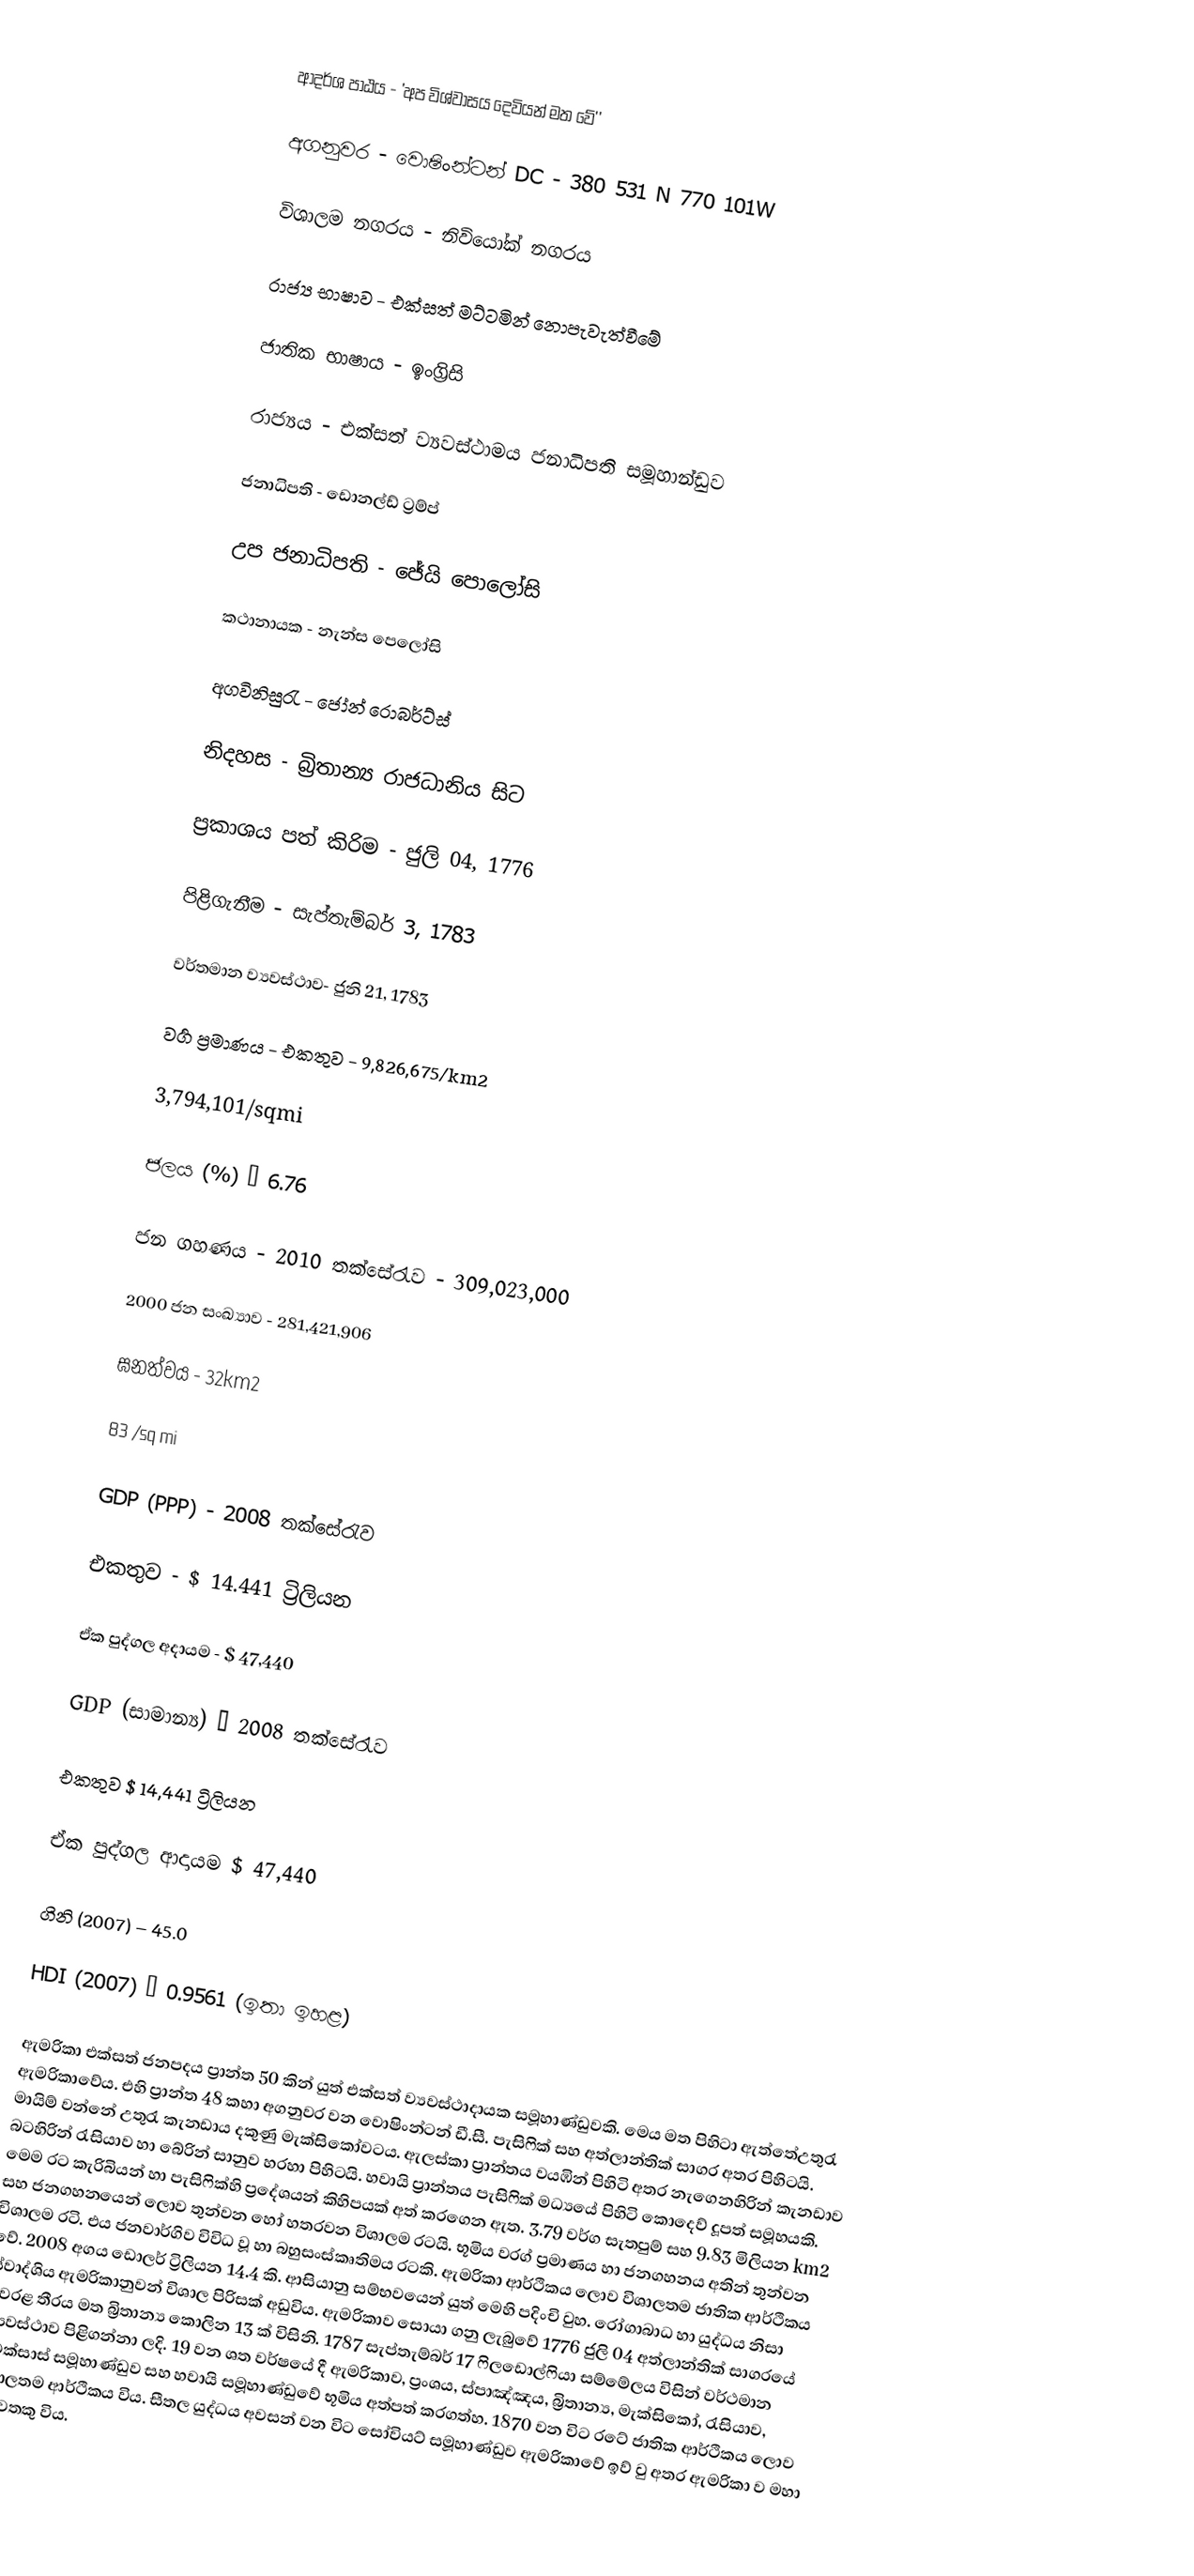
ආදර්ශ පාඨය - 'අප විශ්වාසය දෙවියන් මත වේ''

අගනුවර - වොෂිංන්ටන් DC -  380 531 N 770 101W

විශාලම නගරය - නිවියෝක් නගරය

රාජ්‍ය භාෂාව - එක්සත් මට්ටමින් නොපැවැත්වීමේ

ජාතික භාෂාය	-	ඉංග්‍රිසි

රාජ්‍යය 		- 	එක්සත් ව්‍යවස්ථාමය ජනාධිපති සමූහාන්ඩුව

ජනාධිපති 	-  ඩොනල්ඩ් ට්‍රම්ප්

උප ජනාධිපති	- 	ජේයි පොලෝසි

කථානායක	-	නැන්ස පෙලෝසි

අගවිනිසුරැ 	- 	ජෝන් රොබර්ට්ස්

නිදහස		-	බ්‍රිතාන්‍ය රාජධානිය සිට

ප්‍රකාශය පත් කිරිම	-	ජුලි 04, 1776

පිළිගැනීම	-	සැප්තැම්බර් 3, 1783

වර්තමාන ව්‍යවස්ථාව- ජුනි 21, 1783

වර්‍ග ප්‍රමාණය - එකතුව - 9,826,675/km2

3,794,101/sqmi

ජලය (%) – 6.76

ජන ගහණය - 2010 තක්සේරැව - 309,023,000

2000 ජන සංඛ්‍යාව - 281,421,906

ඝනත්වය - 32km2

83 /sq mi

GDP (PPP) - 	2008 තක්සේරැව

එකතුව	-	$ 14.441 ට්‍රිලියන

ඒක පුද්ගල අදායම - $ 47,440

GDP  (සාමාන්‍ය) – 2008 තක්සේරැව

එකතුව $ 14,441 ට්‍රිලියන

ඒක පුද්ගල ආදායම $ 47,440

ගිනි (2007) – 45.0

HDI  (2007) – 0.9561 (ඉතා ඉහළ)

ඇමරිකා එක්සත් ජනපදය ප්‍රාන්ත 50 කින් යුත් එක්සත් ව්‍යවස්ථාදායක සමූහාණ්ඩුවකි. මෙය මත පිහිටා ඇත්තේඋතුරැ ඇමරිකාවේය. එහි ප්‍රාන්ත 48 කහා අගනුවර වන වොෂිංන්ටන් ඩී.සී. පැසිෆික් සහ අත්ලාන්තික් සාගර අතර පිහිටයි. මායිම් වන්නේ උතුරැ කැනඩාය දකුණු මැක්සිකෝවටය. ඇලස්කා ප්‍රාන්තය වයඹින්  පිහිටි අතර නැගෙනහිරින් කැනඩාව බටහිරින් රැසියාව හා බේරින් සානුව හරහා පිහිටයි. හවායි ප්‍රාන්තය පැසිෆික්  මධ්‍යයේ පිහිටි ‍කොදෙව් දූපත් සමූහයකි. මෙම රට කැරිබියන් හා පැසිෆික්හි ප්‍රදේශයන් කිහිපයක් අත් කරගෙන ඇත. 3.79 වර්ග සැතපුම් සහ  9.83  මිලියන km2  සහ  ජනගහනයෙන් ලොව තුන්වන හෝ හතරවන විශාලම රටයි. භූමිය  වරග් ප්‍රමාණය හා ජනගහනය අතින් තුන්වන විශාලම රටි. එය ජනවාර්ගිව විවිධ වූ හා බහුසංස්කෘතිමය රටකි. ඇමරිකා ආර්ථිකය ලොව විශාලතම ජාතික ආර්ථිකය වේ. 2008    අගය ඩොලර් ට්‍රිලියන 14.4 කි. ආසියානු  සම්භවයෙන් යුත් මෙහි පදිංචි වුහ. රෝගාබාධ හා යුද්ධය නිසා ස්වාද්ශිය ඇමරිකානුවන් විශාල  පිරිසක් අඩුවිය.  ඇමරිකාව සොයා ගනු ලැබුවේ 1776 ජුලි 04 අත්ලාන්තික් සාගරයේ වෙරළ තීරය මත බ්‍රිතාන්‍ය කොලින 13 ක් විසිනි. 1787 සැප්තැම්බර් 17 ෆිලඩොල්ෆියා සම්මේලය විසින් වර්ථමාන ව්‍යවස්ථාව පිළිගන්නා ලදි. 19 වන ශත වර්ෂයේ දී ඇමරිකාව, ප්‍රංශය, ස්පාඤ්ඤය, බ්‍රිතාන්‍ය, මැක්සිකෝ, රැසියාව, ටෙක්සාස් සමූහාණ්ඩුව සහ හවායි සමූහාණ්ඩුවේ භූමිය අත්පත් කරගත්හ.  1870 වන විට රටේ ජාතික ආර්ථිකය ‍ලොව  විශාලතම ආර්ථිකය විය. සීතල යුද්ධය අවසන් වන විට  සෝවියට් සමූහාණ්ඩුව ඇමරිකාවේ ඉව් වු අතර ඇමරිකා ව මහා බලව‍තකු ‍විය.